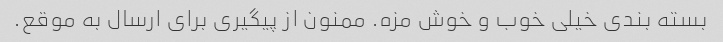
بسته بندی خیلی خوب و خوش مزه. ممنون از پیگیری برای ارسال به موقع.